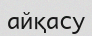
айқасу